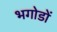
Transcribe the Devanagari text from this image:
भगोडों